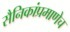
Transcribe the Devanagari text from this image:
सैनिकांप्रमाणेच